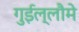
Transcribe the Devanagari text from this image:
गुईल्लौमे